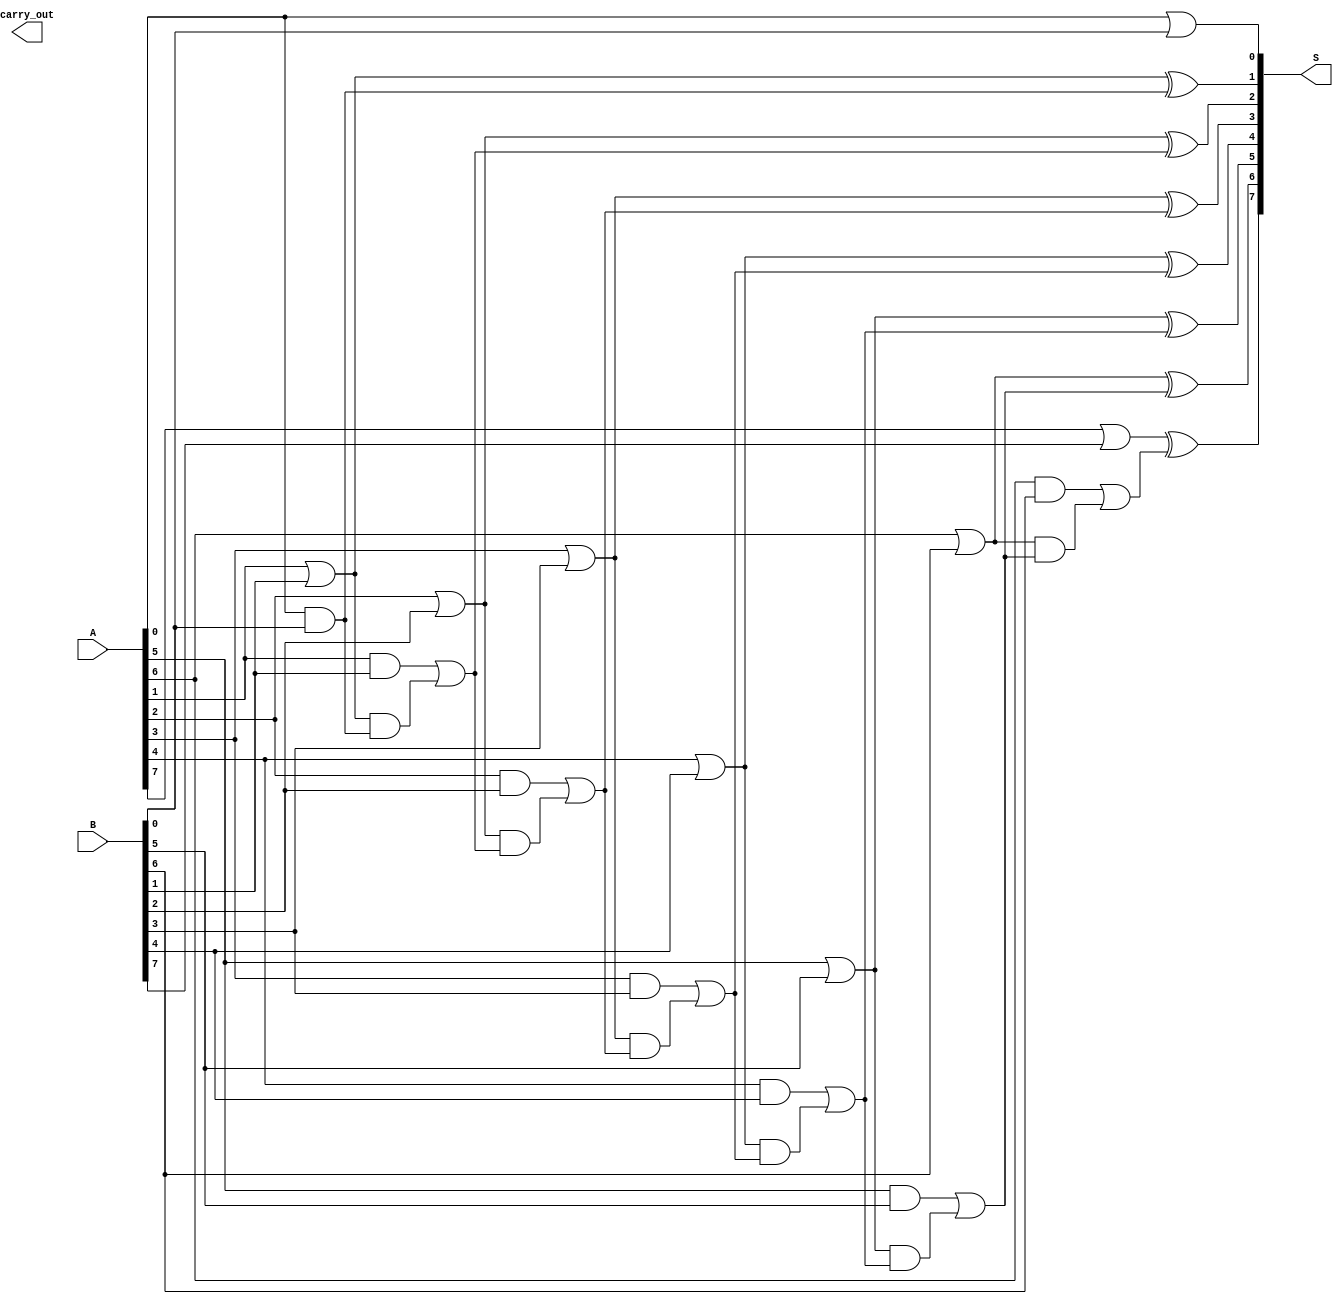
module kogge_stone_adder #(parameter n = 8) (
    input [n-1:0] A,        // First operand
    input [n-1:0] B,        // Second operand
    output [n-1:0] S,       // Sum output
    output carry_out        // Carry out
);

    // Generate and Propagate signals
    wire [n-1:0] G; // Generate signals
    wire [n-1:0] P; // Propagate signals
    wire [n:0] C;   // Carry signals (C[n] is the carry out)

    // Generate and Propagate stage
    generate
        genvar i;
        for (i = 0; i < n; i = i + 1) begin : gen_prop
            assign G[i] = A[i] & B[i]; // Generate
            assign P[i] = A[i] | B[i]; // Propagate
        end
    endgenerate

    // Prefix Computation stage
    assign C[0] = 1'b0; // C0 is 0

    // Level 1
    generate
        for (i = 1; i < n; i = i + 1) begin : level1
            assign C[i] = G[i-1] | (P[i-1] & C[i-1]);
        end
    endgenerate

    // Sum Computation stage
    generate
        for (i = 0; i < n; i = i + 1) begin : sum
            assign S[i] = P[i] ^ C[i]; // Sum
        end
    endgenerate

    // Carry out
    assign carry_out = C[n];

endmodule